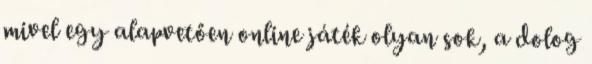
mivel egy alapvetően online játék olyan sok, a dolog